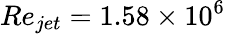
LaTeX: Re_{jet}=1.58\times 10^{6}